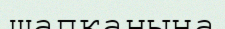
шапқанына